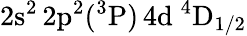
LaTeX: \mathrm{2s^{2}\, 2p^{2}(^{3}P)\, 4d~^{4}D_{1/2}}